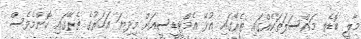
މާލީ ބޮޑެތި މައްސަލަތަކެއްގައި ތެރޭގައި އުޅޭ އެމްޓީޑީސީއަށް މިދިޔަ އަހަރުގެ ތެރޭގައި ކޮންމެވެސް